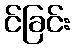
င်ခြင်း